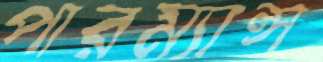
পারম্যান্স